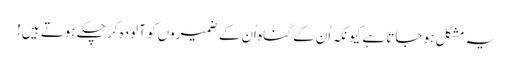
یہ مشکل ہو جاتا ہے کیونکہ اُن کے گناہ اُن کے ضمیروں کو آلودہ کر چکے ہوتے ہیں!